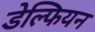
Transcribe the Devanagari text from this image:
डेल्फियन